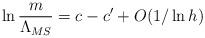
LaTeX: \begin{align*}\ln \frac{m}{\Lambda _{MS}}=c-c^{\prime }+O(1/\ln h)\end{align*}